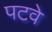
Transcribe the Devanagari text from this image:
पटवे